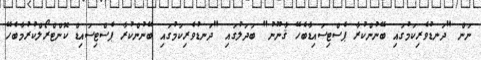
ނަން "ދަނޑުވެރިކަމުގައި ބޭނުންކުރާ ޕެސްޓިސައިޑާބެހޭ ޤާނޫނު" ބަދަލުގައި "ދަނޑުވެރިކަމުގައި ބޭނުންކުރާ ޕެސްޓިސައިޑް ކޮންޓްރޯލްކުރުމާބެހޭ